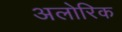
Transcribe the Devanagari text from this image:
अलोरिक